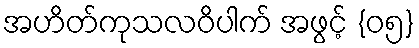
အဟိတ်ကုသလဝိပါက် အဖွင့် {၀၅}